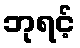
ဘုရင့်